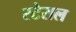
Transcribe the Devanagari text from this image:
स्टेराल